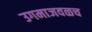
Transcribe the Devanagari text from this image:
उगमाजवळच